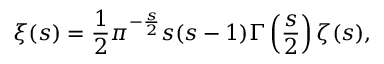
\xi ( s ) = { \frac { 1 } { 2 } } \pi ^ { - { \frac { s } { 2 } } } s ( s - 1 ) \Gamma \left( { \frac { s } { 2 } } \right) \zeta ( s ) ,